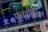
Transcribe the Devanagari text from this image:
एन्लीवेन